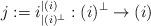
LaTeX: \begin{align*}j := i_{|(i)^{\perp}}^{|(i)}:(i)^{\perp}\rightarrow (i) \end{align*}